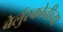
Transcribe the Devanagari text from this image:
बेर्लुस्कोनीच्या